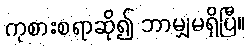
ကုစားစရာဆို၍ ဘာမျှမရှိပြီ။